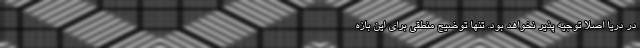
در دریا اصلا توجیه پذیر نخواهد بود. تنها توضیح منطقی برای این بازه